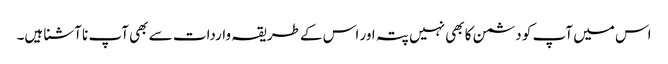
اس میں آپ کو دشمن کا بھی نہیں پتہ اور اس کے طریقہ واردات سے بھی آپ نا آشنا ہیں۔